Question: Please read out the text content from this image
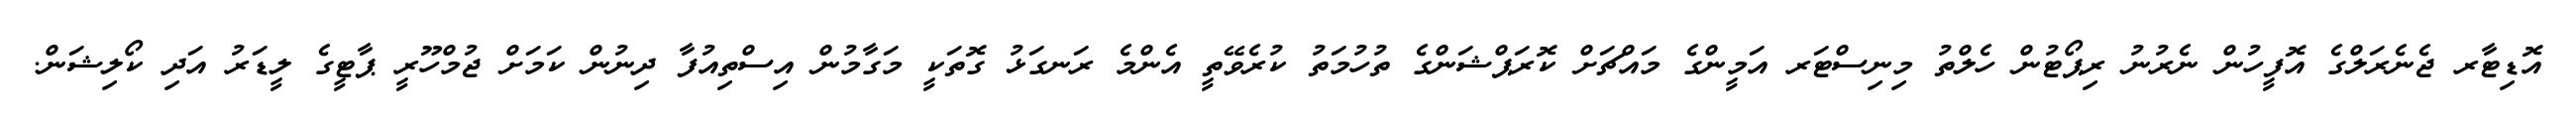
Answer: އޮޑިޓާރ ޖެނެރަލްގެ އޮފީހުން ނެރުނު ރިޕޯޓުން ހެލްތު މިނިސްޓަރ އަމީންގެ މައްޗަށް ކޮރަޕްޝަންގެ ތުހުމަތު ކުރެވޭތީ އެންމެ ރަނގަޅު ގޮތަކީ މަގާމުން އިސްތިއުފާ ދިނުން ކަމަށް ޖުމްހޫރީ ޕާޓީގެ ލީޑަރު އަދި ކޯލިޝަން.